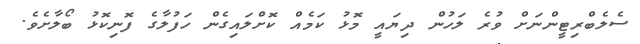
ސެލެބްރިޓީންނަށް ވުރެ ލަހުން ދިޔައީ މޮޅު ކަމެއް ކޮށްލައިގެން ހަފުލާގެ ފޮނިކޮޅު ބޯލާށެވެ.